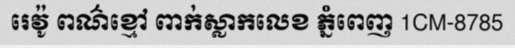
រេវ៉ូ ពណ៌ខ្មៅ ពាក់ស្លាកលេខ ភ្នំពេញ 1CM-8785